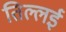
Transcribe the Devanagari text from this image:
तिल्लई